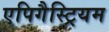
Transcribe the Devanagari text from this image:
एपिगैस्ट्रियम